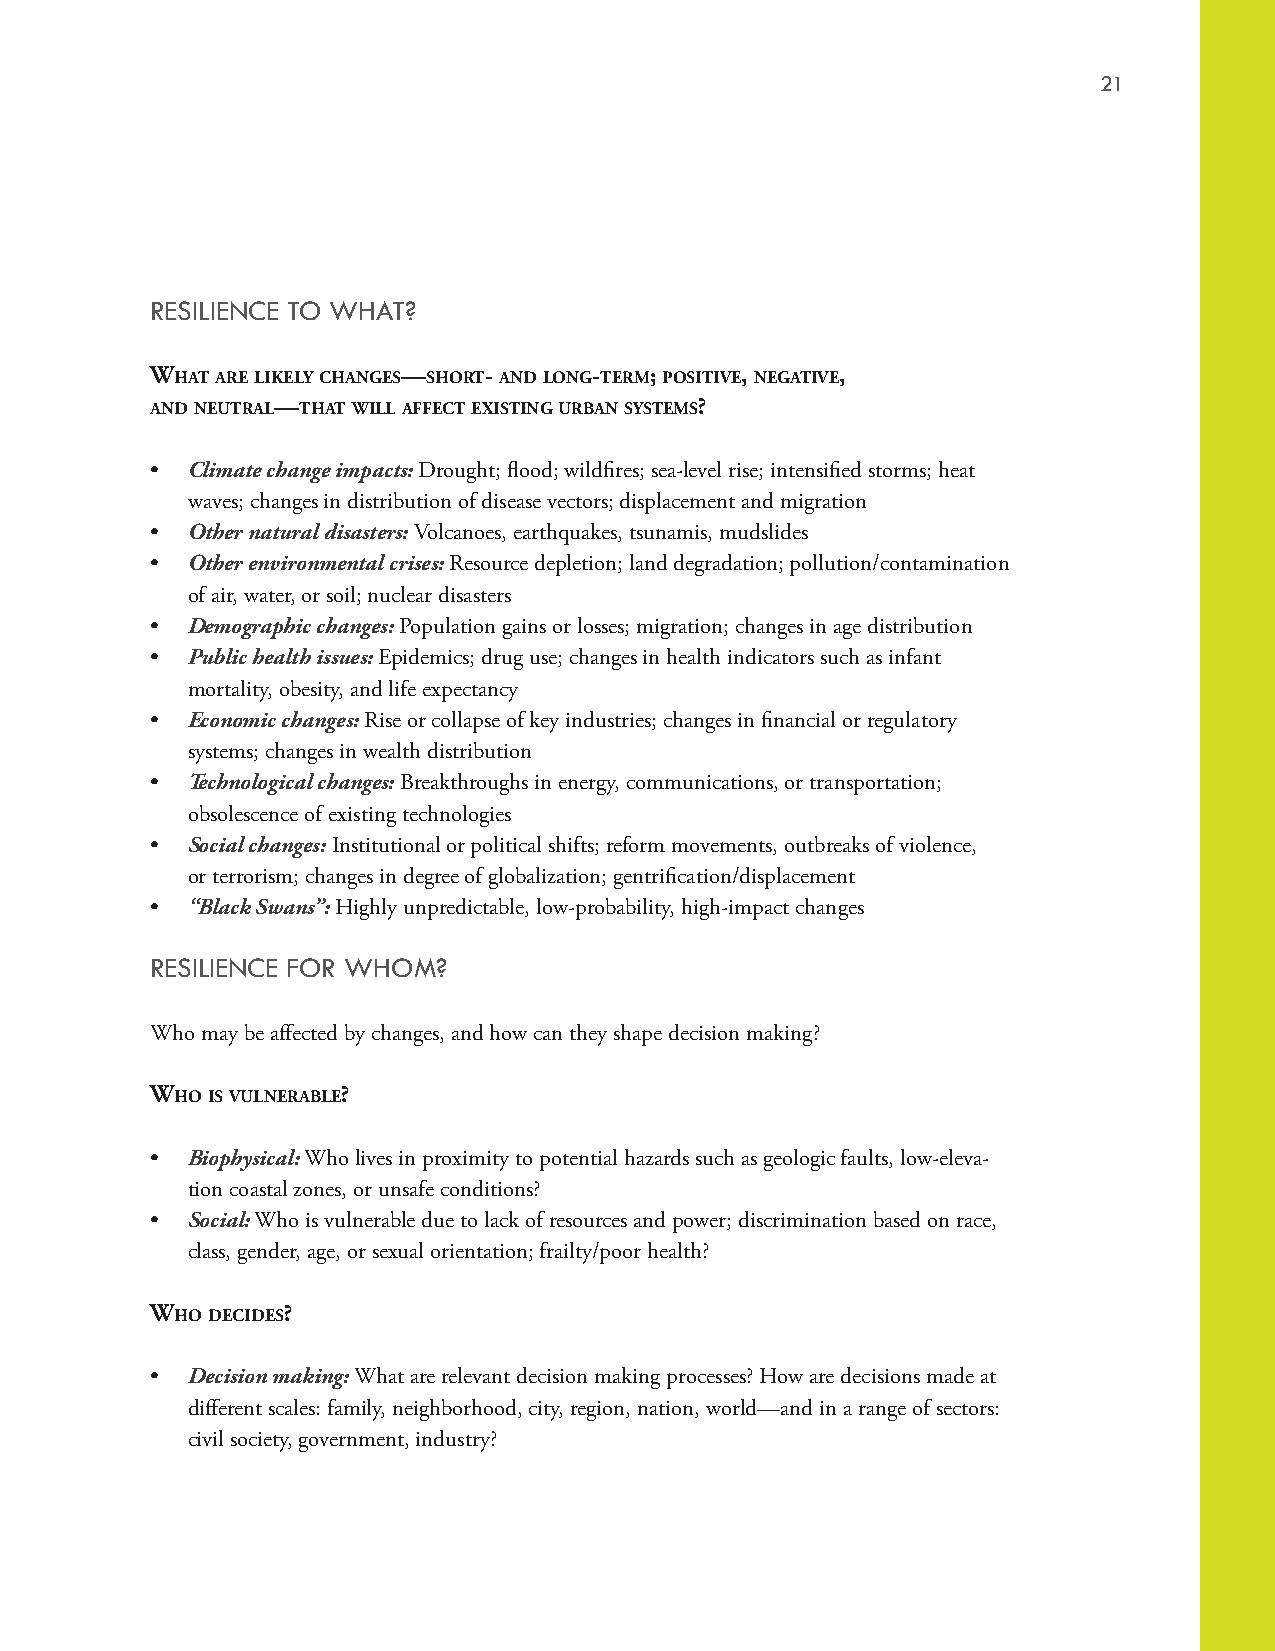
21
 RESILIENCE TO WHAT?
 whaT are lIKely changes—shorT- and long-Term; PosITIve, negaTIve,
 and neuTral—ThaT wIll aFFecT exIsTIng urBan sysTems?
 • Climate change impacts: Drought; flood; wildfires; sea-level rise; intensified storms; heat
 waves; changes in distribution of disease vectors; displacement and migration
 • Other natural disasters: Volcanoes, earthquakes, tsunamis, mudslides
 • Other environmental crises: Resource depletion; land degradation; pollution/contamination
 of air, water, or soil; nuclear disasters
 • Demographic changes: Population gains or losses; migration; changes in age distribution
 • Public health issues: Epidemics; drug use; changes in health indicators such as infant
 mortality, obesity, and life expectancy
 • Economic changes: Rise or collapse of key industries; changes in financial or regulatory
 systems; changes in wealth distribution
 • Technological changes: Breakthroughs in energy, communications, or transportation;
 obsolescence of existing technologies
 • Social changes: Institutional or political shifts; reform movements, outbreaks of violence,
 or terrorism; changes in degree of globalization; gentrification/displacement
 • “Black Swans”: Highly unpredictable, low-probability, high-impact changes
 RESILIENCE FOR WHOM?
 Who may be affected by changes, and how can they shape decision making?
 who Is vulneraBle?
 • Biophysical: Who lives in proximity to potential hazards such as geologic faults, low-eleva-
 tion coastal zones, or unsafe conditions?
 • Social: Who is vulnerable due to lack of resources and power; discrimination based on race,
 class, gender, age, or sexual orientation; frailty/poor health?
 who decIdes?
 • Decision making: What are relevant decision making processes? How are decisions made at
 different scales: family, neighborhood, city, region, nation, world—and in a range of sectors:
 civil society, government, industry?